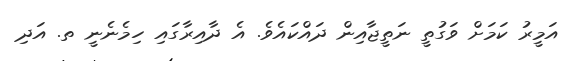
އަމީރު ކަމަށް ވަގުތީ ނަތީޖާއިން ދައްކައެވެ. އެ ދާއިރާގައި ހިމެނެނީ ތ. އަދި